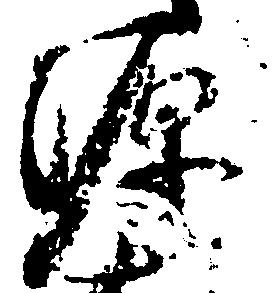
源